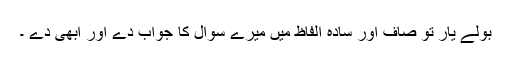
بولے یار تو صاف اور سادہ الفاظ میں میرے سوال کا جواب دے اور ابھی دے ۔